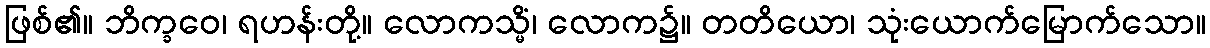
ဖြစ်၏။ ဘိက္ခဝေ၊ ရဟန်းတို့။ လောကသ္မိံ၊ လောက၌။ တတိယော၊ သုံးယောက်မြောက်သော။